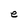
Character: e